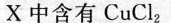
X 中含有CuCl_{2}